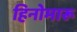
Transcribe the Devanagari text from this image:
हिनोमारू